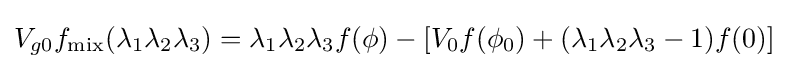
V_{g0}f_{\text{mix}}(\lambda _{1}\lambda _{2}\lambda _{3})=\lambda _{1}\lambda _{2}\lambda _{3}f(\phi )-[V_{0}f(\phi _{0})+(\lambda _{1}\lambda _{2}\lambda _{3}-1)f(0)]